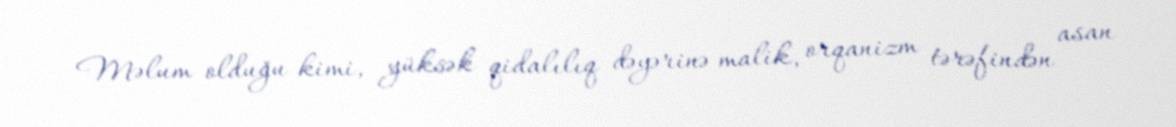
Məlum olduğu kimi, yüksək qidalılıq dəyərinə malik, orqanizm tərəfindən asan